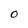
Character: O